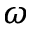
\omega